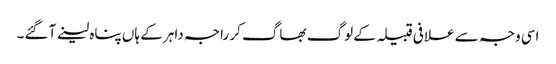
اسی وجہ سے علافی قبیلہ کے لوگ بھاگ کر راجہ داہر کے ہاں پناہ لینے آ گئے۔